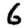
Digit: 6